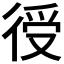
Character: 𢔏